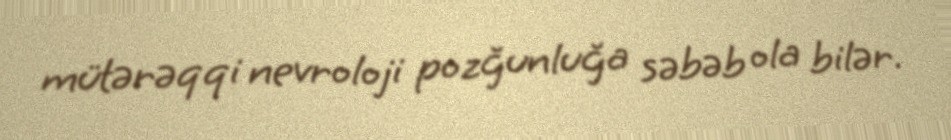
mütərəqqi nevroloji pozğunluğa səbəb ola bilər.